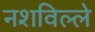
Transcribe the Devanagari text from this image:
नशविल्ले